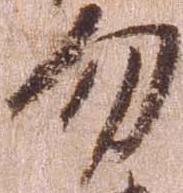
勿